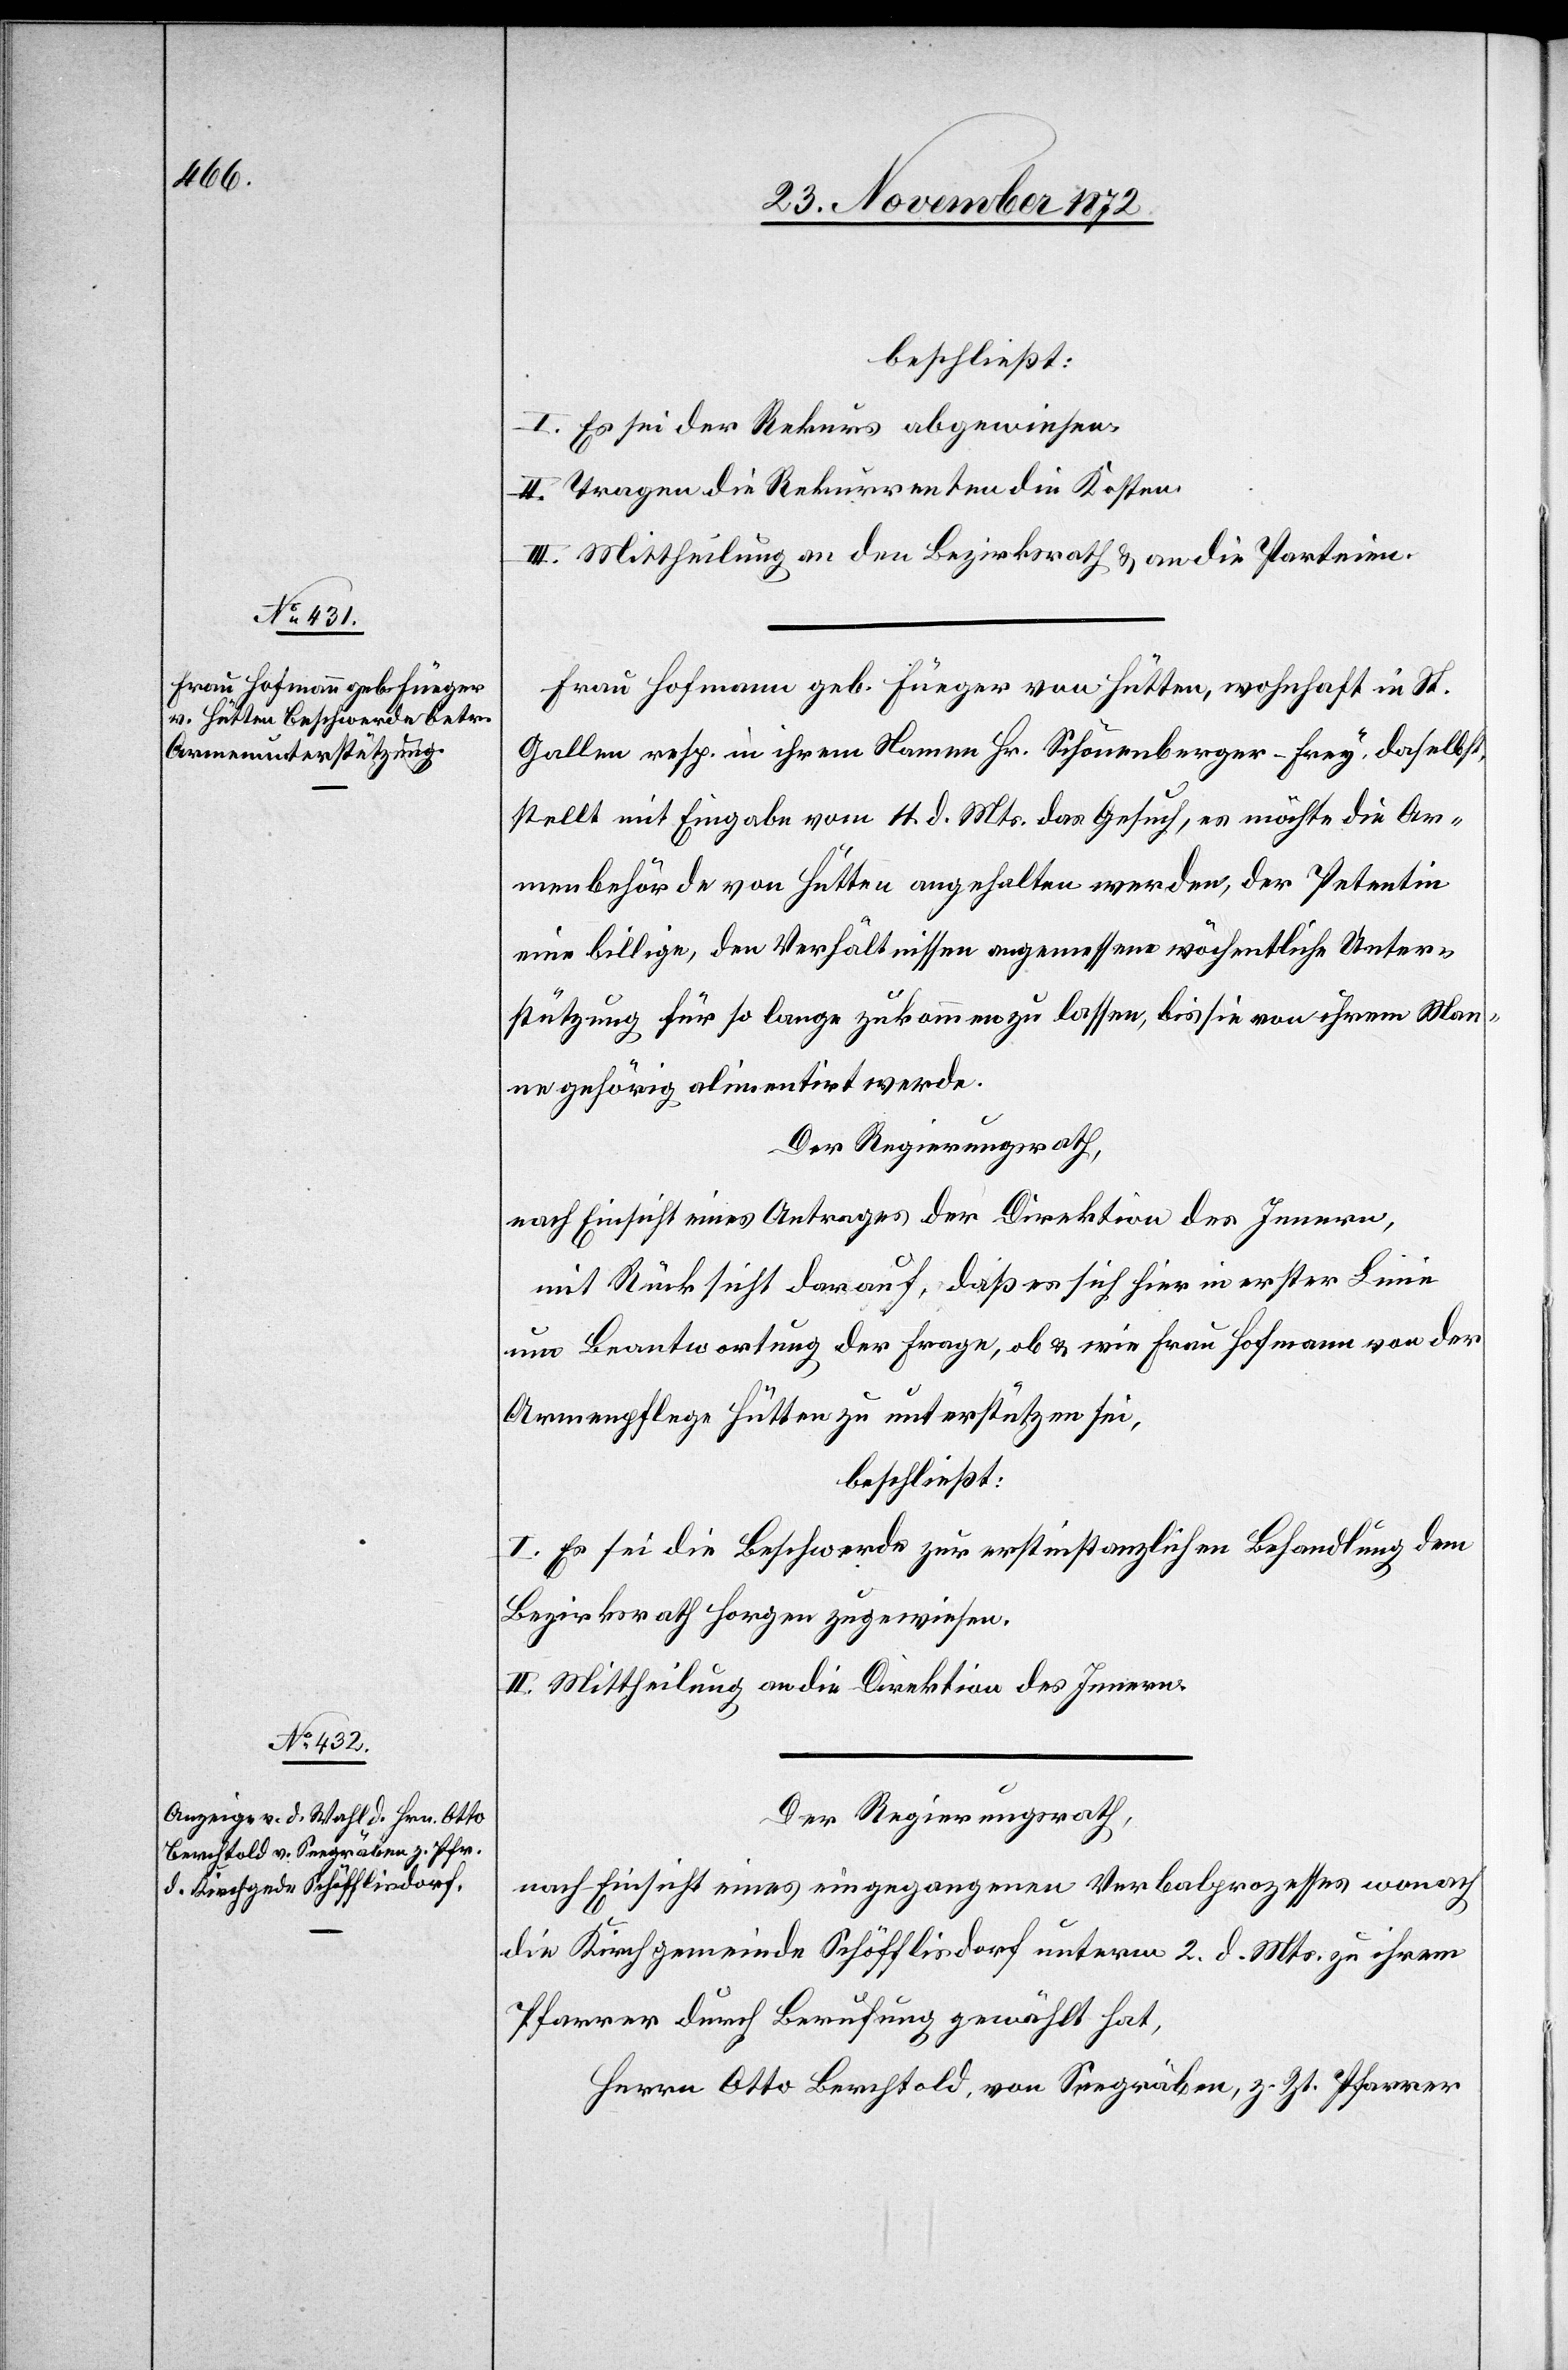
beschließt:
I. Es sei der Rekurs abgewiesen.
II. Tragen die Rekurrenten die Kosten.
III. Mittheilung an den Bezirksrath u. an die Parteien.
Frau Hofmann geb. Füeger von Hütten, wohnhaft in St.
Gallen resp. in ihrem Namen Hr. Schönenberger-Frey daselbst,
stellt mit Eingabe vom 11. d. Mts. das Gesuch, es möchte die Ar¬
menbehörde von Hütten angehalten werden, der Petentin
eine billige, den Verhältnissen angemessene wöchentliche Unter¬
stützung für so lange zukommen zu lassen, bis sie von ihrem Man¬
ne gehörig alimentirt werde.
Der Regierungsrath,
nach Einsicht eines Antrages der Direktion des Innern,
mit Rücksicht darauf, daß es sich hier in erster Linie
um Beantwortung der Frage, ob u. wie Frau Hofmann von der
Armenpflege Hütten zu unterstützen sei,
beschließt:
I. Es sei die Beschwerde zur erstinstanzlichen Behandlung dem
Bezirksrath Horgen zugewiesen.
II. Mittheilung an die Direktion des Innern.
Der Regierungsrath,
nach Einsicht eines eingegangenen Verbalprozesses wonach
die Kirchgemeinde Schöfflisdorf unterm 2. d. Mts. zu ihrem
Pfarrer durch Berufung gewählt hat,
Herrn Otto Berchtold, von Seegräben, z. Zt. Pfarrer